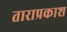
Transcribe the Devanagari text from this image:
ताराप्रकाश